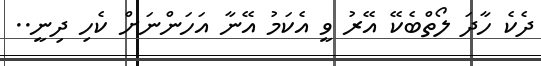
ދެކެ ހާދަ ލޯތްބެކޭ އޭރު ވީ އެކަމު އޭނާ އަހަންނަށް ކެހި ދިނީ..